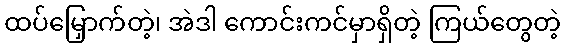
ထပ်မြှောက်တဲ့၊ အဲဒါ ကောင်းကင်မှာရှိတဲ့ ကြယ်တွေတဲ့